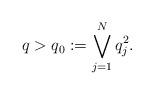
LaTeX: \begin{align*}q>q_{0}:=\bigvee_{j=1}^{N}q_{j}^{2}.\end{align*}